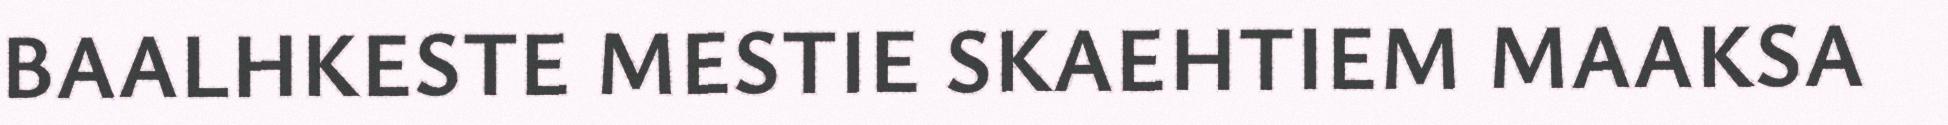
BAALHKESTE MESTIE SKAEHTIEM MAAKSA